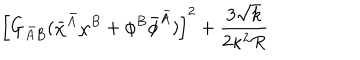
\left[ G _ { \bar { A } B } ( \bar { \chi } ^ { \bar { A } } \chi ^ { B } + \phi ^ { B } \bar { \phi } ^ { \bar { A } } ) \right] ^ { 2 } + \frac { 3 \sqrt { k } } { 2 \kappa ^ { 2 } R }